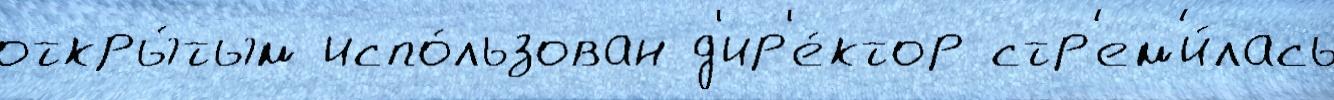
откры́тым испо́льзован д'ир'е́ктор стр'ем'и́лась